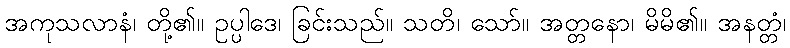
အကုသလာနံ၊ တို့၏။ ဥပ္ပါဒေ၊ ခြင်းသည်။ သတိ၊ သော်။ အတ္တနော၊ မိမိ၏။ အနတ္တံ၊